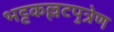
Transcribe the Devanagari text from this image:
भट्टकल्लटपुत्रेण